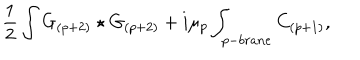
LaTeX: { \frac { 1 } { 2 } } \int G _ { ( p + 2 ) } \star G _ { ( p + 2 ) } + i \mu _ { p } \int _ { p - b r a n e } C _ { ( p + 1 ) } ,